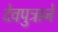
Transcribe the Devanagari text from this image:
देवपुत्राने